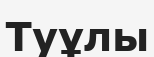
Туұлы